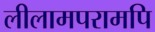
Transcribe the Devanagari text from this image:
लीलामपरामपि